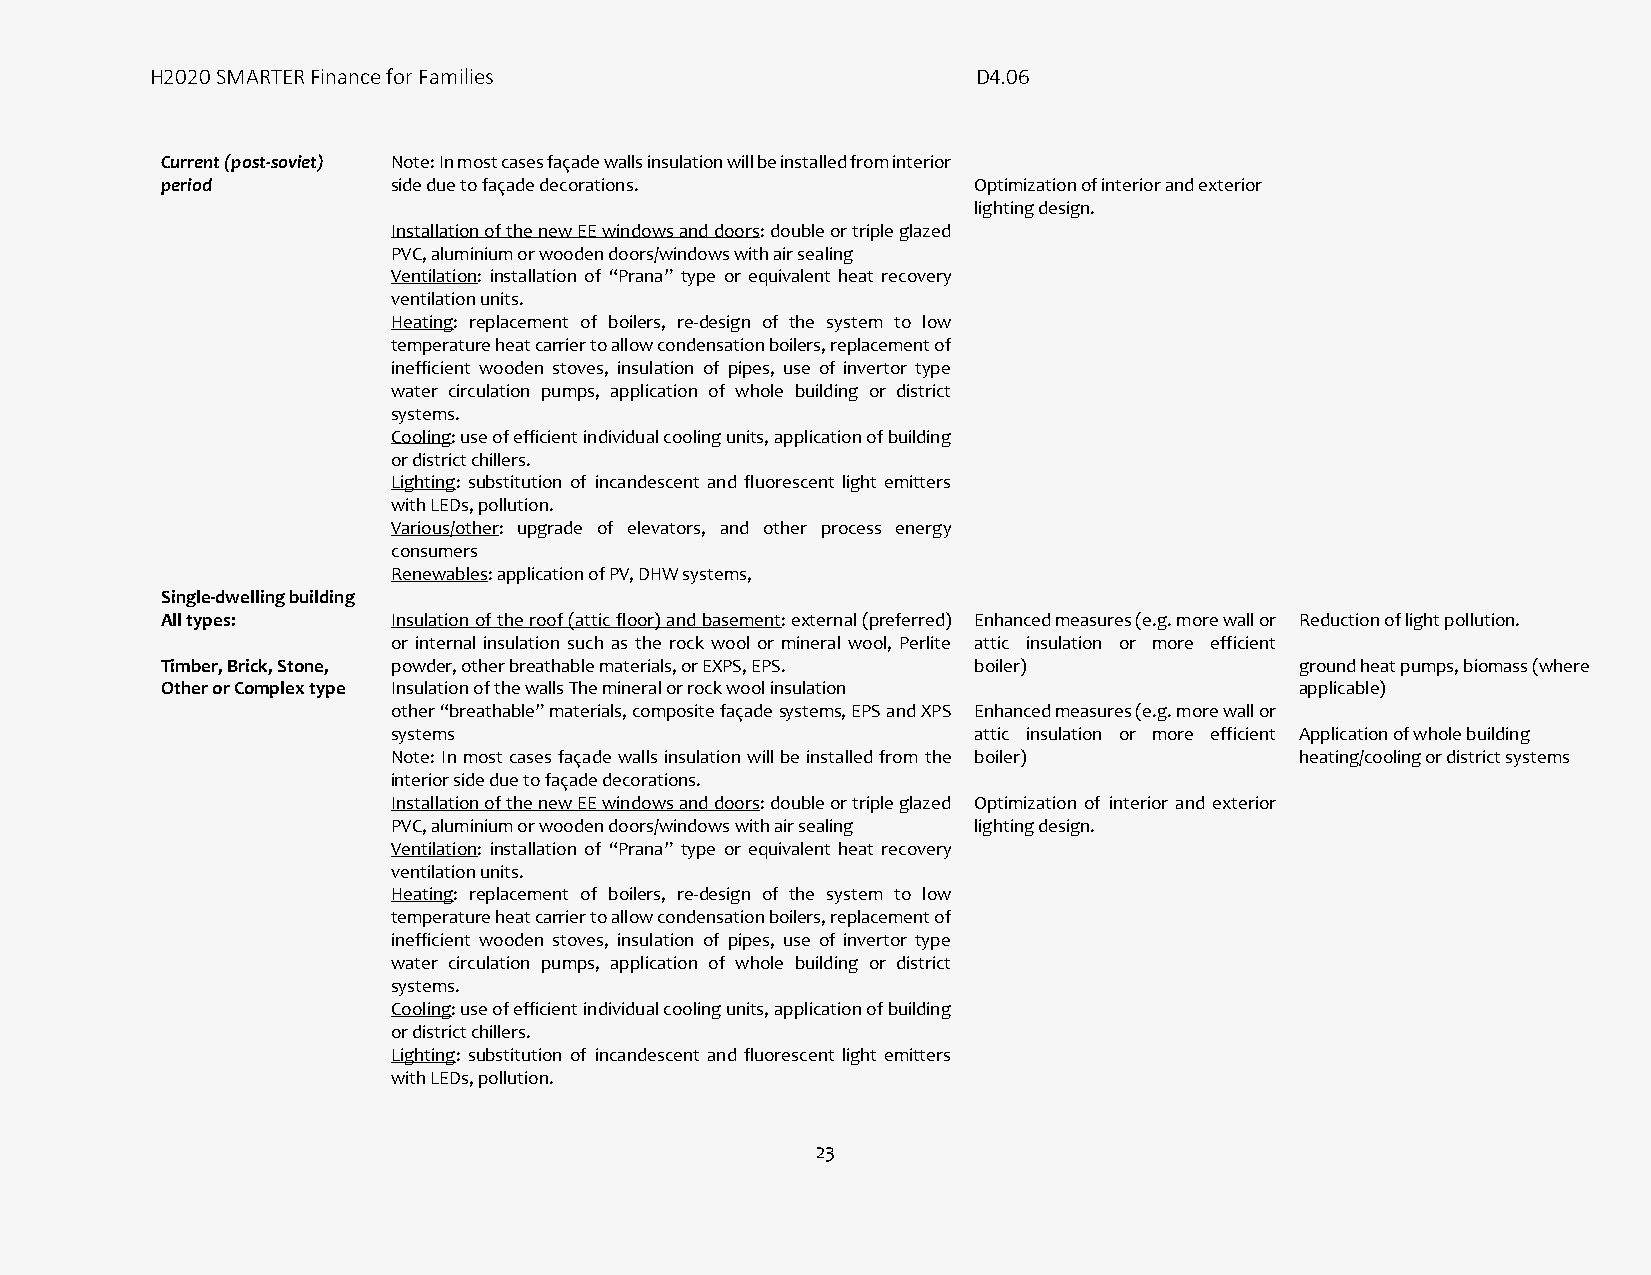
H2020 SMARTER Finance for Families                     D4.06
 Current (post-soviet) Note: In most cases façade walls insulation will be installed from interior
 period         side due to façade decorations.       Optimization of interior and exterior
 lighting design.
 Installation of the new EE windows and doors: double or triple glazed
 PVC, aluminium or wooden doors/windows with air sealing
 Ventilation: installation of “Prana” type or equivalent heat recovery
 ventilation units.
 Heating: replacement of boilers, re-design of the system to low
 temperature heat carrier to allow condensation boilers, replacement of
 inefficient wooden stoves, insulation of pipes, use of invertor type
 water circulation pumps, application of whole building or district
 systems.
 Cooling: use of efficient individual cooling units, application of building
 or district chillers.
 Lighting: substitution of incandescent and fluorescent light emitters
 with LEDs, pollution.
 Various/other: upgrade of elevators, and other process energy
 consumers
 Renewables: application of PV, DHW systems,
 Single-dwelling building
 All types:     Insulation of the roof (attic floor) and basement: external (preferred) Enhanced measures (e.g. more wall or Reduction of light pollution.
 or internal insulation such as the rock wool or mineral wool, Perlite attic insulation or more efficient
 Timber, Brick, Stone, powder, other breathable materials, or EXPS, EPS. boiler) ground heat pumps, biomass (where
 Other or Complex type Insulation of the walls The mineral or rock wool insulation applicable)
 other “breathable” materials, composite façade systems, EPS and XPS Enhanced measures (e.g. more wall or
 systems                               attic insulation or more efficient Application of whole building
 Note: In most cases façade walls insulation will be installed from the boiler) heating/cooling or district systems
 interior side due to façade decorations.
 Installation of the new EE windows and doors: double or triple glazed Optimization of interior and exterior
 PVC, aluminium or wooden doors/windows with air sealing lighting design.
 Ventilation: installation of “Prana” type or equivalent heat recovery
 ventilation units.
 Heating: replacement of boilers, re-design of the system to low
 temperature heat carrier to allow condensation boilers, replacement of
 inefficient wooden stoves, insulation of pipes, use of invertor type
 water circulation pumps, application of whole building or district
 systems.
 Cooling: use of efficient individual cooling units, application of building
 or district chillers.
 Lighting: substitution of incandescent and fluorescent light emitters
 with LEDs, pollution.
 23